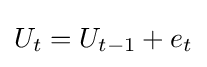
U_{t}=U_{t-1}+e_{t}